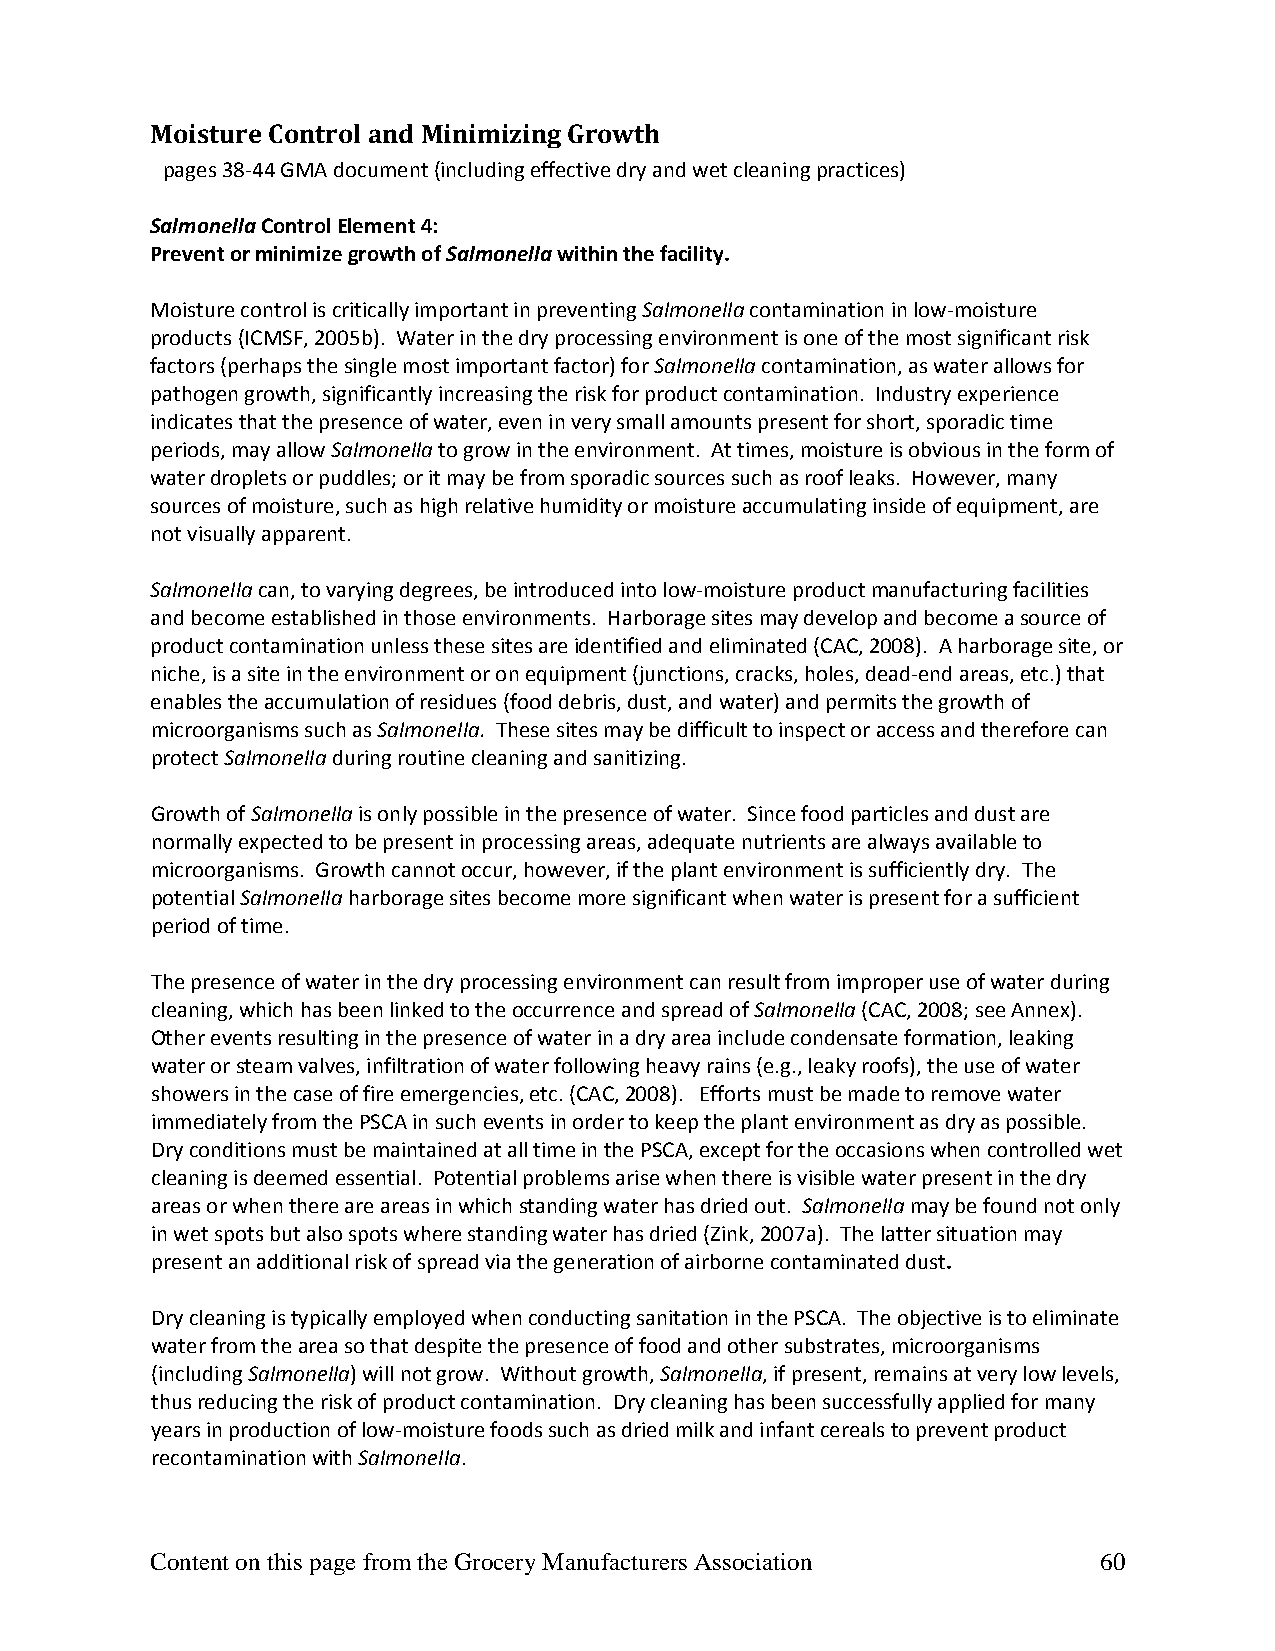
Moisture Control and Minimizing Growth
 pages 38‐44 GMA document (including effective dry and wet cleaning practices)
 Salmonella Control Element 4:
 Prevent or minimize growth of Salmonella within the facility.
 Moisture control is critically important in preventing Salmonella contamination in low‐moisture
 products (ICMSF, 2005b). Water in the dry processing environment is one of the most significant risk
 factors (perhaps the single most important factor) for Salmonella contamination, as water allows for
 pathogen growth, significantly increasing the risk for product contamination. Industry experience
 indicates that the presence of water, even in very small amounts present for short, sporadic time
 periods, may allow Salmonella to grow in the environment. At times, moisture is obvious in the form of
 water droplets or puddles; or it may be from sporadic sources such as roof leaks. However, many
 sources of moisture, such as high relative humidity or moisture accumulating inside of equipment, are
 not visually apparent.
 Salmonella can, to varying degrees, be introduced into low‐moisture product manufacturing facilities
 and become established in those environments. Harborage sites may develop and become a source of
 product contamination unless these sites are identified and eliminated (CAC, 2008). A harborage site, or
 niche, is a site in the environment or on equipment (junctions, cracks, holes, dead‐end areas, etc.) that
 enables the accumulation of residues (food debris, dust, and water) and permits the growth of
 microorganisms such as Salmonella. These sites may be difficult to inspect or access and therefore can
 protect Salmonella during routine cleaning and sanitizing.
 Growth of Salmonella is only possible in the presence of water. Since food particles and dust are
 normally expected to be present in processing areas, adequate nutrients are always available to
 microorganisms. Growth cannot occur, however, if the plant environment is sufficiently dry. The
 potential Salmonella harborage sites become more significant when water is present for a sufficient
 period of time.
 The presence of water in the dry processing environment can result from improper use of water during
 cleaning, which has been linked to the occurrence and spread of Salmonella (CAC, 2008; see Annex).
 Other events resulting in the presence of water in a dry area include condensate formation, leaking
 water or steam valves, infiltration of water following heavy rains (e.g., leaky roofs), the use of water
 showers in the case of fire emergencies, etc. (CAC, 2008). Efforts must be made to remove water
 immediately from the PSCA in such events in order to keep the plant environment as dry as possible.
 Dry conditions must be maintained at all time in the PSCA, except for the occasions when controlled wet
 cleaning is deemed essential. Potential problems arise when there is visible water present in the dry
 areas or when there are areas in which standing water has dried out. Salmonella may be found not only
 in wet spots but also spots where standing water has dried (Zink, 2007a). The latter situation may
 present an additional risk of spread via the generation of airborne contaminated dust.
 Dry cleaning is typically employed when conducting sanitation in the PSCA. The objective is to eliminate
 water from the area so that despite the presence of food and other substrates, microorganisms
 (including Salmonella) will not grow. Without growth, Salmonella, if present, remains at very low levels,
 thus reducing the risk of product contamination. Dry cleaning has been successfully applied for many
 years in production of low‐moisture foods such as dried milk and infant cereals to prevent product
 recontamination with Salmonella.
 Content on this page from the Grocery Manufacturers Association 60